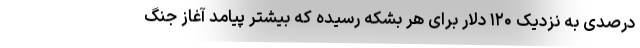
درصدی به نزدیک ۱۲۰ دلار برای هر بشکه رسیده که بیشتر پیامد آغاز جنگ